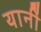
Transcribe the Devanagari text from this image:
यानीं